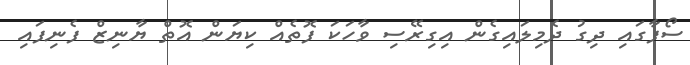
ސޯފާގައި ދިގު ދެމިލައިގެން އިގިރޭސި ވާހަކަ ފޮތެއް ކިޔަން އޮތް ޔާނިޒް ފެނިފައި